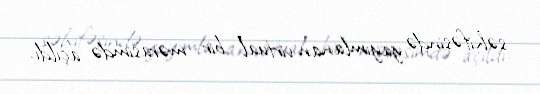
səhifəsində yayımlanan virtual bir mərasimdə açıldı.